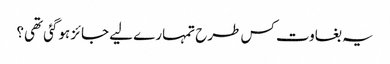
یہ بغاوت کس طرح تمہارے لیے جائز ہوگئی تھی؟